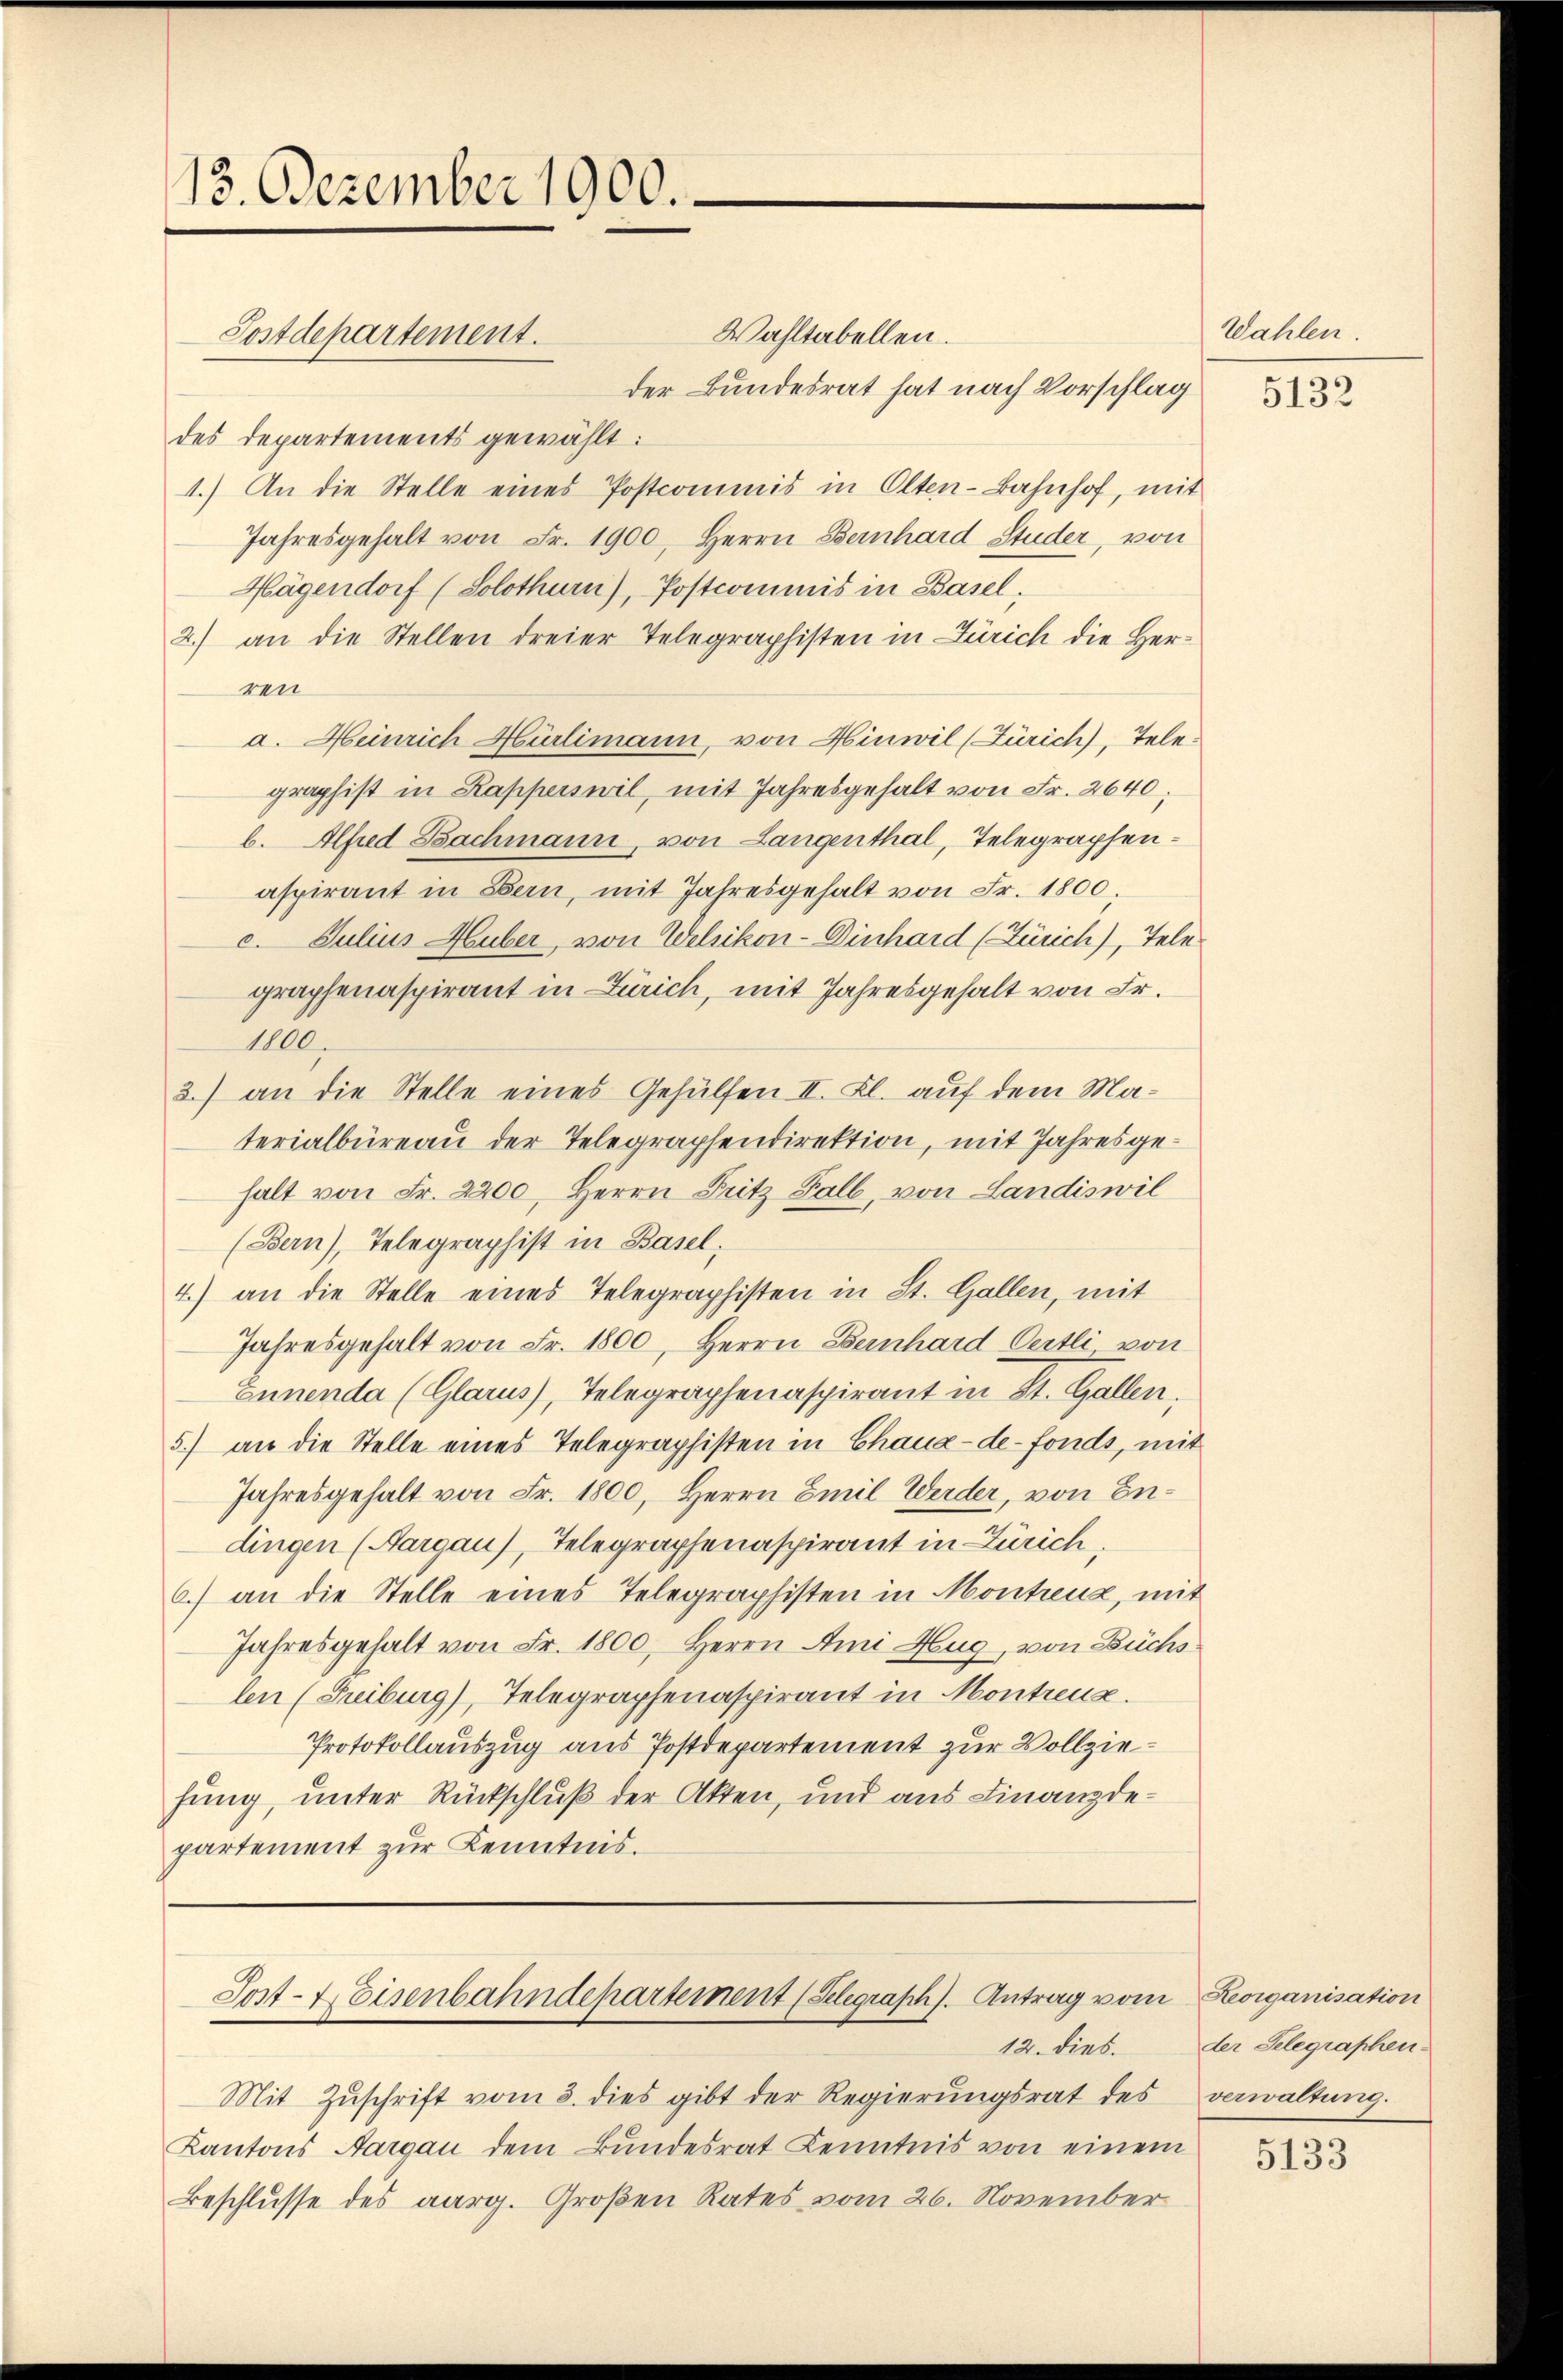
13. Dezember 1900.

Wahltabellen.
Postdepartement.
der Bundesrat hat nach Vorschlag
des Departements gewählt:
1.) An die Stelle eines Postcommis in Olten-Bahnhof, mit
Jahresgehalt von Fr. 1900, Herrn Bernhard Studer, von
Hagendorf (Solothurn), Postcommis in Basel;
2.) an die Stellen dreier Telegraphisten in Zürich die Her-
ren
a. Heinrich Hürlimann, von Hinwil (Zürich), Tele-
graphist in Kapperswil, mit Jahresgehalt von Fr. 2640;
b. Alfred Bachmann, von Langenthal, Telegraphenaspirant in Bern, mit Jahresgehalt von Fr. 1800.
c. Julius Huber, von Welzikon-Einhard (Zürich), Tele
graphenaspirant in Zürich, mit Jahresgehalt von Fr.
1000.
2) an die Stelle eines Gehülfen II. Kl. auf dem Ma-
terialbüreau der Telegraphendirektion, mit Jahresgehalt von Fr. 2200. Herrn Pritz Fall, von Landiswil
(Bern), Telegraphist in Basel,
4.) an die Stelle eines Telegraphisten in St. Gallen, mit
Jahresgehalt von Fr. 1800, Herrn Bernhard Oertli von
Eunenda (Glarus), Telegraphenaspirant in St. Gallen,
5) an die Stelle eines Telegraphisten in Chaux-de-Fonds, mit
Jahresgehalt von Fr. 1800, Herrn Emil Werder, von Endingen (Aargau), Telegraphenaspirant in Zürich,
6) an die Stelle eines Telegraphisten in Montreuz, mit
Jahresgehalt von Fr. 1800, Herrn Ami Hug, von Büchs
len (Freiburg), Telegraphenaspirant in Montreuz.
Protokollauszug aus Postdepartement zur Vollziefung, unter Rückschluß der Akten, und aus Finanzdepartement zur Kenntnis.

12. dies.
Mit Zŭschrift vom 8. dies gibt der Regierŭngsrat des verwaltung.
Kantons Aargau dem Bŭndesrat Kenntnis von einem
Beschlusse des aarg. Großen Rates vom 26. November

Sost-Weisenbahndepartement (Selegraph). Antrag vom

Wahlen.

5132

Keorganisation
der Selegraphen.

5133